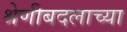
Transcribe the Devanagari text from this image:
श्रेणीबदलाच्या